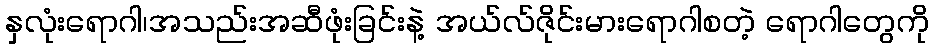
နှလုံးရောဂါ၊အသည်းအဆီဖုံးခြင်းနဲ့ အယ်လ်ဇိုင်းမားရောဂါစတဲ့ ရောဂါတွေကို